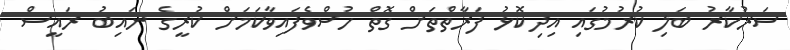
ސަރުކާރު ބަލި ކުރުމުގައި އިދިކޮޅު ފަރާތްތަށް ގޮތް ހުސްވެފައިވާކަމަށް ކުރީގެ ނައިބު ރައީސް